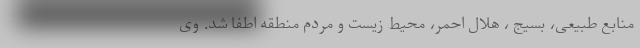
منابع طبیعی، بسیج ، هلال احمر، محیط زیست و مردم منطقه اطفا شد. وی